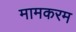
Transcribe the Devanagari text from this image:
मामकरम